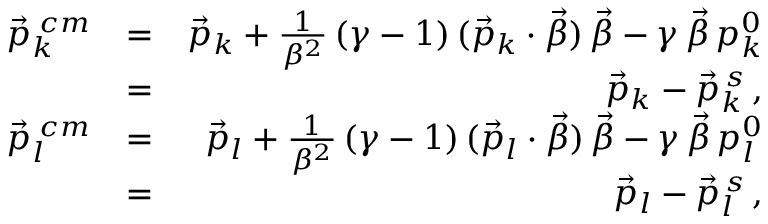
\begin{array} { r l r } { \vec { p } _ { k } ^ { \; c m } } & { = } & { \vec { p } _ { k } + \frac { 1 } { \beta ^ { 2 } } \, ( \gamma - 1 ) \, ( \vec { p } _ { k } \cdot \vec { \beta } ) \, \vec { \beta } - \gamma \, \vec { \beta } \, p _ { k } ^ { 0 } } \\ & { = } & { \vec { p } _ { k } - \vec { p } _ { k } ^ { \, s } \, , } \\ { \vec { p } _ { l } ^ { \; c m } } & { = } & { \vec { p } _ { l } + \frac { 1 } { \beta ^ { 2 } } \, ( \gamma - 1 ) \, ( \vec { p } _ { l } \cdot \vec { \beta } ) \, \vec { \beta } - \gamma \, \vec { \beta } \, p _ { l } ^ { 0 } } \\ & { = } & { \vec { p } _ { l } - \vec { p } _ { l } ^ { \, s } \, , } \end{array}